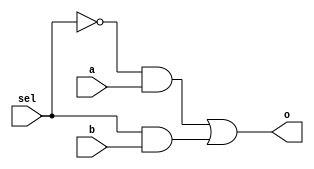
module mux2_1(a,b,sel,o); // 2*1 mux building
input a,b,sel; // defining inputs and output of 2*1 multiplexer
output o; //declaring the output
wire w1,seln,w2;  //wires


not (seln,sel);     // taking not of select input
and (w1,seln,a),(w2,sel,b); // implementing and gates acc to the standard relations of 2*1 mux 
or (o,w1,w2); // or gate of w1 and w2 gives the output
endmodule


module mux4_1(in,select,out); //4 * 1 multiplexer building 
input [3:0] in; // declaring inputs
input [1:0] select; // select inputs
output out; // output 
wire mux[2:0]; // wires initialisation

mux2_1   // using mux2_1 module 
m1 (.a(in[0]),.b(in[1]),.sel(select[0]),.o(mux[1])), //setting input and output of m1 i.e. first mux
m2 (.a(in[2]),.b(in[3]),.sel(select[0]),.o(mux[2])),//setting input and output of m2 i.e. sec mux
m3 (.a(mux[1]),.b(mux[2]),.sel(select[1]),.o(out));//setting input and output of m1 i.e. third mux
endmodule